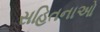
સહિતનાઓ